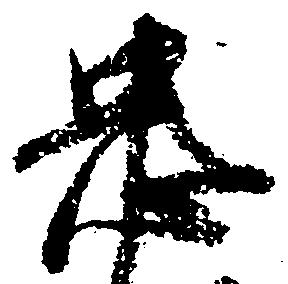
忠